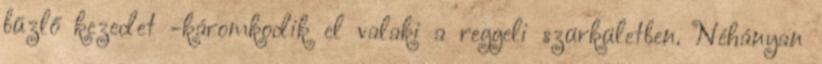
bűzlő kezedet -káromkodik el valaki a reggeli szürkületben. Néhányan